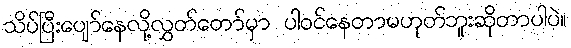
သိပ်ပြီးပျော်နေလို့လွှတ်တော်မှာ ပါဝင်နေတာမဟုတ်ဘူးဆိုတာပါပဲ။